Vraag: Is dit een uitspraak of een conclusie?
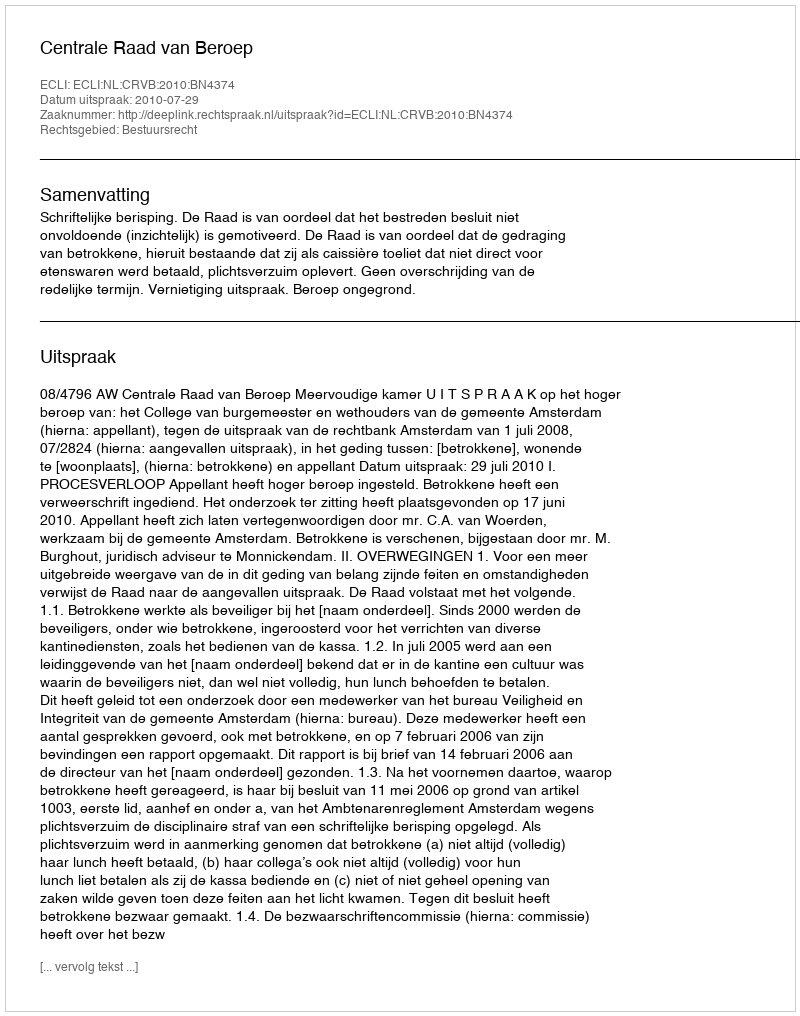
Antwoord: Uitspraak